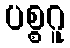
ပစ္စဂူ